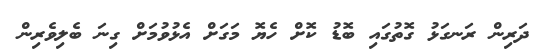
ދަރިން ރަނގަޅު ގޮތުގައި ބޮޑު ކޮށް ހެޔޮ މަގަށް އެޅުވުމަށް ގިނަ ބެލިވެރިން